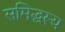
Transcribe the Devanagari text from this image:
समिद्धस्य